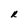
Character: R